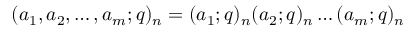
( a _ { 1 } , a _ { 2 } , \ldots , a _ { m } ; q ) _ { n } = ( a _ { 1 } ; q ) _ { n } ( a _ { 2 } ; q ) _ { n } \ldots ( a _ { m } ; q ) _ { n }